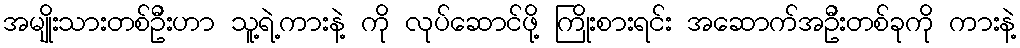
အမျိုးသားတစ်ဦးဟာ သူ့ရဲ့ကားနဲ့ ကို လုပ်ဆောင်ဖို့ ကြိုးစားရင်း အဆောက်အဦးတစ်ခုကို ကားနဲ့